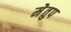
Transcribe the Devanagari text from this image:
मेेतुप